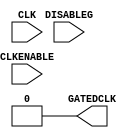
//-----------------------------------------------------------------------------
// The confidential and proprietary information contained in this file may
// only be used by a person authorised under and to the extent permitted
// by a subsisting licensing agreement from ARM Limited.
//
//            (C) COPYRIGHT 2010-2013 ARM Limited.
//                ALL RIGHTS RESERVED
//
// This entire notice must be reproduced on all copies of this file
// and copies of this file may only be made by a person if such person is
// permitted to do so under the terms of a subsisting license agreement
// from ARM Limited.
//
//      SVN Information
//
//      Checked In          : $Date: 2010-12-13 15:27:42 +0000 (Mon, 13 Dec 2010) $
//
//      Revision            : $Revision: 156631 $
//
//      Release Information : Cortex-M System Design Kit-r1p0-00rel0
//
//-----------------------------------------------------------------------------
//-----------------------------------------------------------------------------
// Abstract : Behavioral model of clock gating cell
//-----------------------------------------------------------------------------

module cmsdk_clock_gate #(
  // ---------------------------------------------------------------------------
  // Parameters
  // ---------------------------------------------------------------------------
  parameter CLKGATE_PRESENT = 0)
 (
  // ---------------------------------------------------------------------------
  // Port Definitions
  // ---------------------------------------------------------------------------

  input  wire CLK,
  input  wire CLKENABLE,
  input  wire DISABLEG,

  output wire GATEDCLK);

  //----------------------------------------------------------------------------
  // Overview
  //----------------------------------------------------------------------------
  //
  // The mcu_clock_gate block is used to abstract the high level clock gating
  // function used for the primary clocks in the macrocell.
  //
  // A functional clock enable <CLKENABLE> is combined with
  // a scanenable/global disable signal to provide the gating term. This is
  // then latched prior to gating with the main clock CLK.
  //
  // A clock gating cell can be instantiated manually by removing the RTL
  // equivalent section and instantiating the appropriate cell.

  // ---------------------------------------------------------------------------
  // Signal Declarations
  // ---------------------------------------------------------------------------
  wire   i_clk;
  wire   clk_en;
  reg    clk_en_t2;
  wire   i_gated_clk;
  wire   mst_clk_en;
  wire   mst_disable;

  //----------------------------------------------------------------------------
  // Clock gate removal - do not alter this section
  //----------------------------------------------------------------------------
  assign GATEDCLK     = (CLKGATE_PRESENT != 0) ? i_gated_clk : 1'b0;
  assign mst_clk_en   = (CLKGATE_PRESENT != 0) ? CLKENABLE : 1'b0;
  assign mst_disable  = (CLKGATE_PRESENT != 0) ? DISABLEG  : 1'b0;
  assign i_clk        = (CLKGATE_PRESENT != 0) ? CLK       : 1'b0;

  //----------------------------------------------------------------------------
  // Beginning of main code
  //----------------------------------------------------------------------------

  //----------------------------------------------------------------------------
  // RTL equivalent - remove this section if you wish to use a real cell
  //----------------------------------------------------------------------------
  assign clk_en = mst_clk_en | mst_disable;

  always @(i_clk or clk_en)
    if (i_clk == 1'b0)
      clk_en_t2 <= clk_en;

  assign i_gated_clk = i_clk & clk_en_t2;

  //----------------------------------------------------------------------------
  // Instantiated clock gating cell - instantiate appropriate cell here if
  // replacing RTL equivalent section
  //----------------------------------------------------------------------------
  // For example:
  //  TLATNTSCAX12 ICGCell (.ECK (i_gated_clk), .E (mst_clk_en), .SE (mst_disable), .CK (iCLK));

endmodule